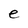
Character: e